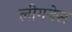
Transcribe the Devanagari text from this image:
लीगनेस